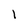
Character: 1